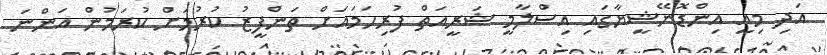
އަދި މިއީ އިންޑޮނޭޝީޔާގައި އިސްލާމީ ޝަރީއަތް ފުރިހަމައަށް ތަންފީޒު ކުރުމަށް ކުރަމުން އަންނަ